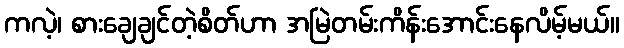
ကလဲ့၊ စားချေချင်တဲ့စိတ်ဟာ အမြဲတမ်းကိန်းအောင်းနေလိမ့်မယ်။